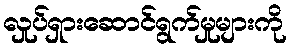
လှုပ်ရှားဆောင်ရွက်မှုများကို